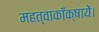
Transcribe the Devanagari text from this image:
महत्वाकाँक्षायें।